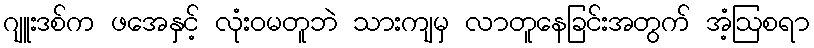
ဂျူးဒစ်က ဖအေနှင့် လုံးဝမတူဘဲ သားကျမှ လာတူနေခြင်းအတွက် အံ့ဩစရာ